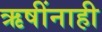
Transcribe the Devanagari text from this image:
ऋषींनाही